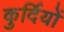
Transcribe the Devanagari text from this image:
कुर्दियों